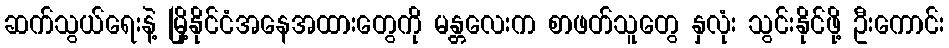
ဆက်သွယ်ရေးနဲ့ မြို့နိုင်ငံအနေအထားတွေကို မန္တလေးက စာဖတ်သူတွေ နှလုံး သွင်းနိုင်ဖို့ ဦးကောင်း